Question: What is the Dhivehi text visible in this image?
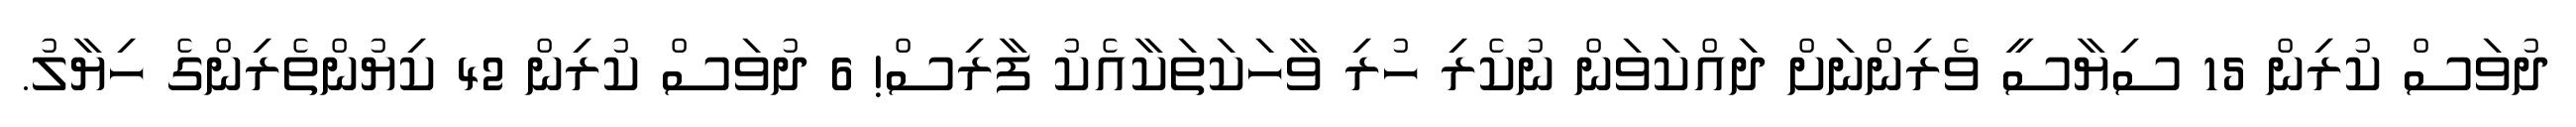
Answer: ދުވަސް ކުރިން 15 ސިޔާސީ ވެރިންނަށް ދައްކަވަން ނުކެރި ހުރި ވާހަކަތަކާއެކު ފާރިސް! 6 ދުވަސް ކުރިން 42 ކިޔުންތެރިންގެ ހިޔާލު.